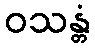
ဝသန္တံ